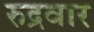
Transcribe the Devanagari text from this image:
रुद्रवार